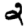
Digit: 2